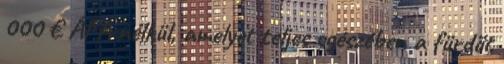
000 € ÁFA nélkül, amelyet teljes egészében a fürdőt